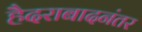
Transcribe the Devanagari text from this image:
हैदराबादनंतर